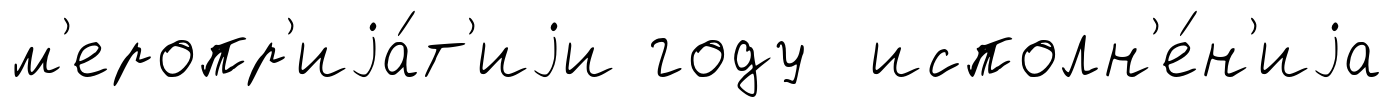
м'еропр'иjа́т'иjи году исполн'е́н'иjа